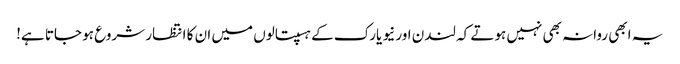
یہ ابھی روانہ بھی نہیں ہوتے کہ لندن اور نیو یارک کے ہسپتالوں میں ان کا انتظار شروع ہو جاتا ہے!